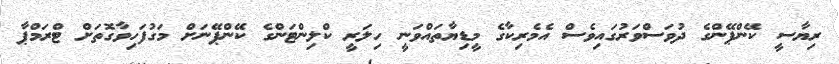
ރިޔާސީ ކޭންޕޭންގެ ދުވަސްވަރުގައިވެސް އެމެރިކާގެ މީޑިޔާތައްވަނީ ހިލަރީ ކްލިންޓަންގެ ކޭންޕޭނަށް މަގުފަހިވާގޮތަށް ޓްރަމްޕާ